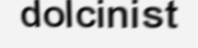
dolcinist